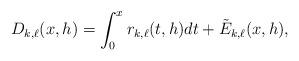
LaTeX: \begin{align*} D_{k,\ell}(x,h) = \int_{0}^{x} r_{k,\ell}(t,h) dt + \tilde{E}_{k,\ell}(x,h),\end{align*}